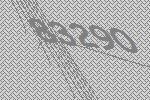
83290